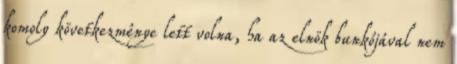
komoly következménye lett volna, ha az elnök bunkójával nem